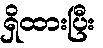
ရှိထားပြီး